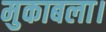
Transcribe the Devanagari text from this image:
मुकाबला।